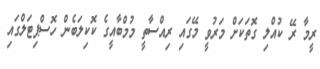
ރީމާ ރޭ ކުއްލި ގޮތަކަށް މަރުވީ މޭގައި ރިއްސާތީ މުމްބާއީގެ ކޮކިލަބެން ހޮސްޕިޓަލްގައި